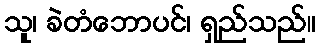
သူ၊ ခဲတံဘောပင်၊ ရှည်သည်။